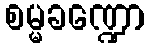
စမ္မခဏ္ဍော